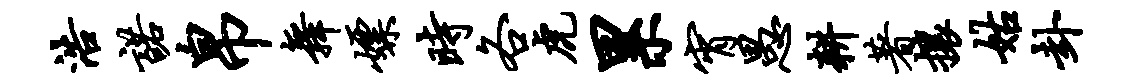
浩诺帛舞嫖时各虎累宵愚耕著攘姑卦